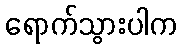
ရောက်သွားပါက